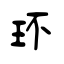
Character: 环